Civil Veterinary Department Bihar reports 1940-50 - 1940-1950
Year: 1940
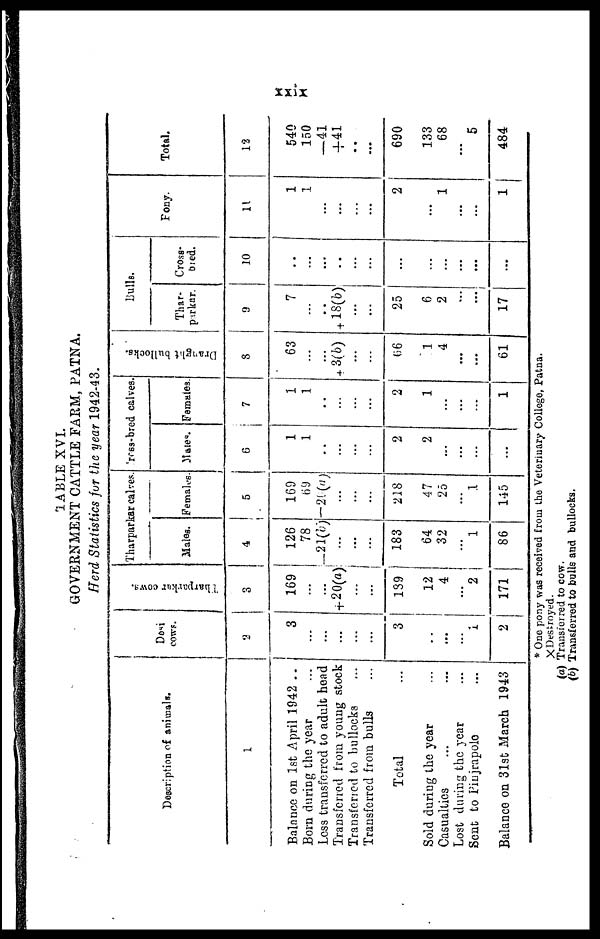
xxix
TABLE XVI.
GOVERNMENT CATTLE FARM, PATNA.
Herd Statistics for the year 1942-43.
Description of animals.
1
Balance on 1st April 1942 ..
Bora during the year ...
Loss transferred to adult head
Transferred from young stock
Transferred to bullocks ...
Transferred from bulls ...
Total ...
Sold during the year ...
Casualties ... ...
Lost during the year ...
Sent to Pinjrapole ...
Balance on 31st March 1943
Desi
Cows..
2
3
...
...
...
...
...
3
...
...
...
1
2
Tharparkar cows.
3
169
...
...
+20(a)
...
...
139
12
4
2
171
Tharparkar calves dress-bred calves
Males.
4
126
78
—21(b)
...
...
...
183
64
32
...
1
86
Females
5
169
69
—20(a)
...
...
...
218
47
25
...
1
145
Maies.
6
1
1
...
...
...
...
2
2
...
...
...
...
Females
7
1
1
..
...
...
...
2
1
...
...
...
1
Dranght bullocks.
8
63
...
...
+ 3(b)
...
...
66
1
4
...
...
61
Bulls.
Thar-
parkar.
9
7
...
...
+18(b)
...
...
25
6
2
...
....
17
Cross-
bred.
10
...
...
...
...
...
...
...
...
...
...
...
Pony.
11
1
1
...
...
...
...
2
...
1
...
...
1
Total.
12
540
150
– 41
+ 41
...
...
690
133
68
...
5
484
* One pony was received from the Veterinary College, Patna.
× Destroyed.
(a) Transferred to cow.
(b) Transferred to bulls and bullocks.